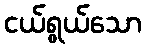
ငယ်ရွယ်သော